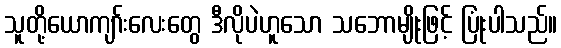
သူတို့ယောကျာ်းလေးတွေ ဒီလိုပဲဟူသော သဘောမျိုးဖြင့် ပြုံးပါသည်။